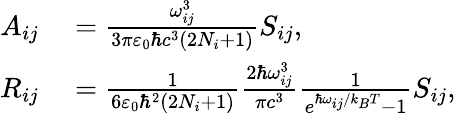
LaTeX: \begin{array}{rl}{A_{ij}}&{{}=\frac{\omega_{ij}^{3}}{3\pi\varepsilon_{0}\hbar c^{3}(2N_{i}+1)}S_{ij},}\\ {R_{ij}}&{{}=\frac{1}{6\varepsilon_{0}\hbar^{2}(2N_{i}+1)}\frac{2\hbar\omega_{ij}^{3}}{\pi c^{3}}\frac{1}{e^{\hbar\omega_{ij}/k_{B}T}-1}S_{ij},}\end{array}